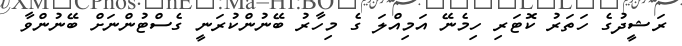
ރަޝީދުގެ ހަތަރު ކޮޓަރި ހިމެނޭ އަމިއްލަ ގެ މިހާރު ބޭނުންކުރަނީ ގެސްޓުންނަށް ބޭނުންވާ